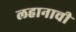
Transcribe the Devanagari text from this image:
लहानाची